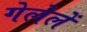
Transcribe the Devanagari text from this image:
गेलेलें